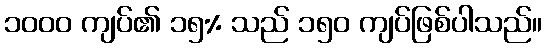
၁၀၀၀ ကျပ်၏ ၁၅% သည် ၁၅၀ ကျပ်ဖြစ်ပါသည်။